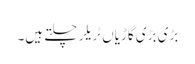
بڑی بڑی گاڑیاں ٹریلر چلتے ہیں۔